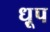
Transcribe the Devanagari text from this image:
ध़ूप